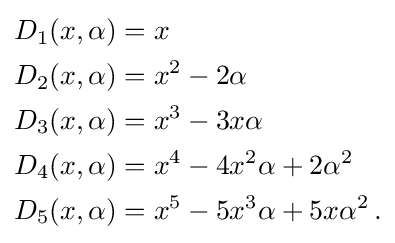
{\begin{aligned}D_{1}(x,\alpha )&=x\\D_{2}(x,\alpha )&=x^{2}-2\alpha \\D_{3}(x,\alpha )&=x^{3}-3x\alpha \\D_{4}(x,\alpha )&=x^{4}-4x^{2}\alpha +2\alpha ^{2}\\D_{5}(x,\alpha )&=x^{5}-5x^{3}\alpha +5x\alpha ^{2}\,.\end{aligned}}